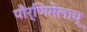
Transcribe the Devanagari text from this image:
पौर्णिमेलाच्